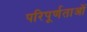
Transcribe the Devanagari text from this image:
परिपूर्णताओं